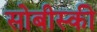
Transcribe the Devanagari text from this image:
सोबीस्की